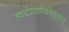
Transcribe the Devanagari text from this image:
स्वयंज्योतिर्निरामयम्